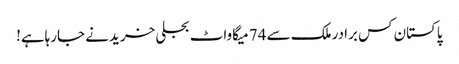
پاکستان کس برادر ملک سے 74 میگاواٹ بجلی خریدنے جارہاہے!